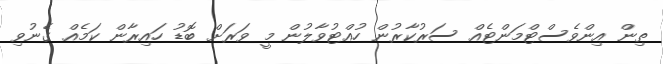
ތިން އިންވެސްޓްމަންޓެއް ސަރުކާރުން ހުއްޓުވާލުން މީ ވަރަށް ބޮޑު ހައިރާން ކަމެއް ގެނުވި